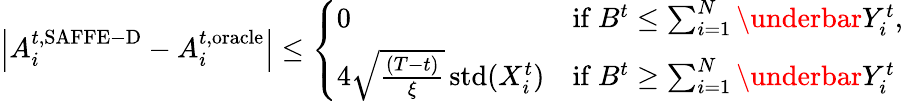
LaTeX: \begin{array}{r}{\left\vert A_{i}^{t,\mathrm{SAFFE-D}}-A_{i}^{t,\mathrm{oracle}}\right\vert\leq\left\{ \begin{array}{ll}{0}&{\mathrm{if~}B^{t}\leq\sum_{i=1}^{N}\underbar{Y}_{i}^{t},}\\ {4\sqrt{\frac{(T-t)}{{\xi}}}\operatorname{std}(X_{i}^{t})}&{\mathrm{if~}B^{t}\geq\sum_{i=1}^{N}\underbar{Y}_{i}^{t}}\end{array}\right.}\end{array}